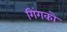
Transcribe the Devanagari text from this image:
गिंगको